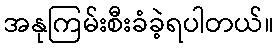
အနုကြမ်းစီးခံခဲ့ရပါတယ်။